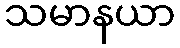
သမာနယာ